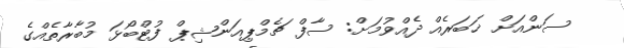
ސަންއަށް ޚަބަރެއް ދެއްވުމަށް: ސާފް ޗެމްޕިއަންޝިޕް ފުޓްބޯޅަ މުބާރާތެއްގެ